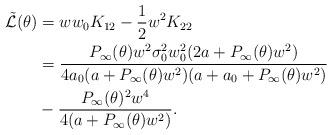
LaTeX: \begin{align*} \mathcal{\tilde L(\theta)} &= w w_0 K_{12}-\frac{1}{2}w^2K_{22} \\&=\frac{P_{\infty}(\theta) w^2 \sigma_0^2w_0^2(2a+P_{\infty}(\theta)w^2)}{4a_0(a+P_{\infty}(\theta)w^2)(a+a_0+P_{\infty}(\theta)w^2)}\\&-\frac{P_{\infty}(\theta)^2 w^4}{4(a+P_{\infty}(\theta)w^2)}.\end{align*}